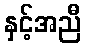
နှင့်အညီ